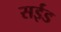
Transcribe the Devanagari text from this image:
सईड